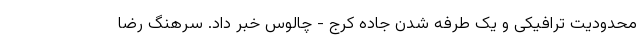
محدودیت ترافیکی و یک طرفه شدن جاده کرج - چالوس خبر داد. سرهنگ رضا